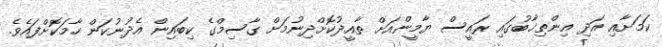
ކަމަށާއި އަދި އިންތިޚާބުގައި ރައީސް ޔާމީންއަށް ތާއީދުކޮށްދިނުމަށް ގާސިމްގެ ކިބައިން އެދުނުކަން ހާމަކޮށްފައެވެ.